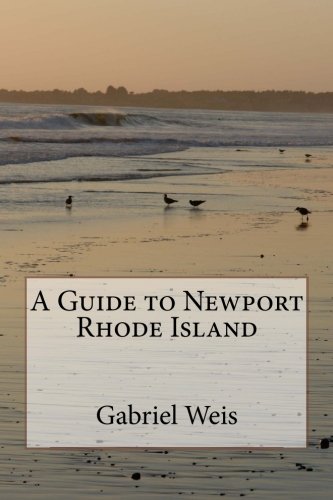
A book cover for A Guide to Newport Rhode Island; Gabriel Weis; Travel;